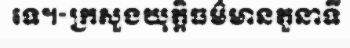
ទេ។«ក្រសួងយុត្តិធម៌មានតួនាទី